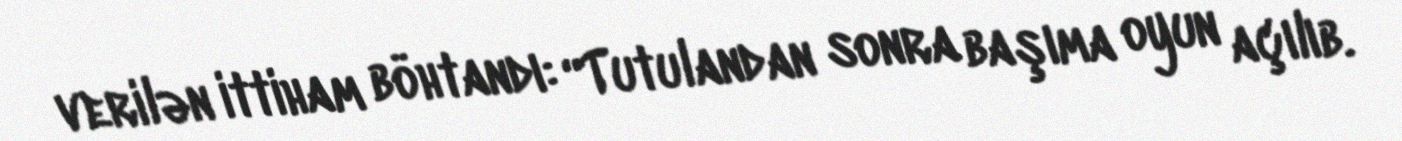
verilən ittiham böhtandı: “Tutulandan sonra başıma oyun açılıb.